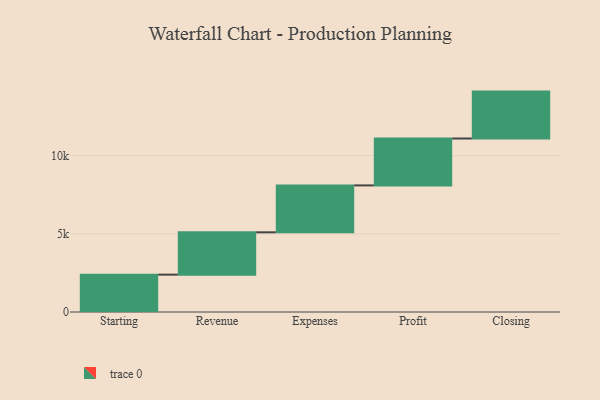
{"axis": {"x": "Step", "y": "Value"}, "legend": [""], "data": [{"x": "Starting", "y": 2389.0, "type": ""}, {"x": "Revenue", "y": 2708.0, "type": ""}, {"x": "Expenses", "y": 3000, "type": ""}, {"x": "Profit", "y": 3000, "type": ""}, {"x": "Closing", "y": 3000, "type": ""}]}